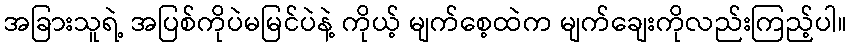
အခြားသူရဲ့ အပြစ်ကိုပဲမမြင်ပဲနဲ့ ကိုယ့် မျက်စေ့ထဲက မျက်ချေးကိုလည်းကြည့်ပါ။